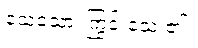
သေသော၊ ကြွင်းသေး၏။